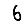
Digit: 6